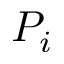
P _ { i }